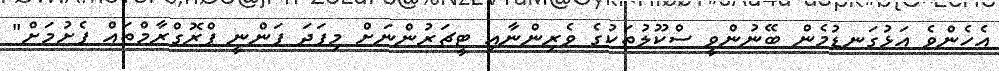
އެހެންވެ އަޅުގަނޑުމެން ބޭނުންވީ ސްކޫލުތަކުގެ ވެރިންނާއި ޓީޗަރުންނަށް މިފަދަ ފަންނީ ޕްރޮގްރާމްތައް ފެށުމަށް"